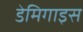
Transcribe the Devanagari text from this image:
डेमिगाइस